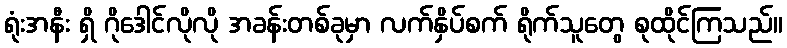
ရုံးအနီး ရှိ ဂိုဒေါင်လိုလို အခန်းတစ်ခုမှာ လက်နှိပ်စက် ရိုက်သူတွေ စုထိုင်ကြသည်။